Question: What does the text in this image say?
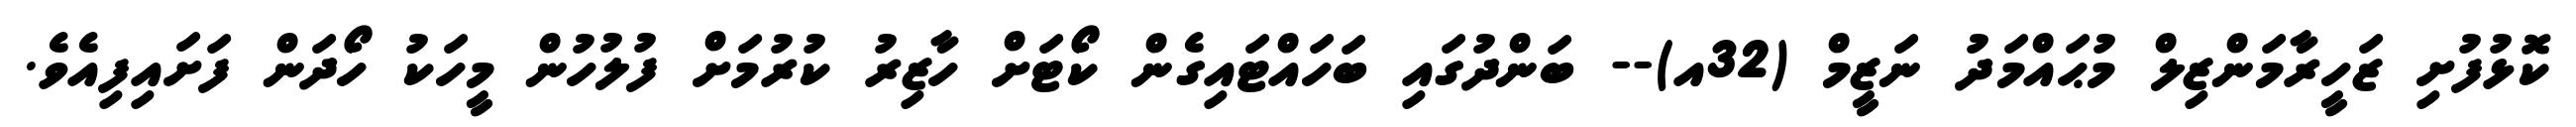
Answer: ކޮޅުފުށި ޒަހީރާމަންޒިލް މުޙައްމަދު ނަޒީމް (32އ)-- ބަންދުގައި ބަހައްޓައިގެން ކޯޓަށް ހާޒިރު ކުރުމަށް ފުލުހުން މީހަކު ހޯދަން ފަށައިފިއެވެ.